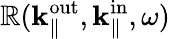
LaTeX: \mathbb{R}({\mathbf{k}}_{\parallel}^{\mathrm{{out}}},{\mathbf{k}}_{\parallel}^{\mathrm{{in}}},\omega)